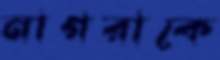
নাগরাকে